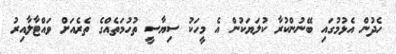
ހެދުން އެޅުމުގައި ބޭނުންކުރާ ކުލަޔަކުން އެ މީހަކު ސިޔާސީ ތުހުމަތެއްގެ ތެރެއަށް ވައްޓާލާއިރު